Civil Veterinary Dept. Bombay admin report 1923-31 - 1923-1931
Year: 1923
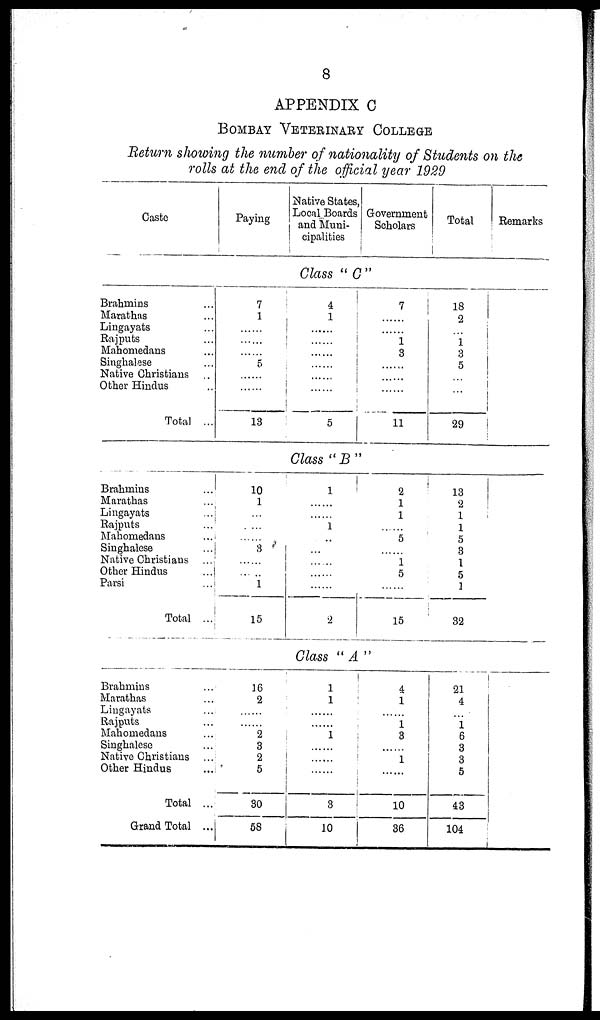
8
APPENDIX C
BOMBAY VETERINARY COLLEGE
Return showing the number of nationality of Students on the
rolls at the end of the official year 1929
Caste
Paying
Native States,
Local Boards
and Muni-
cipalities
Government
Scholars
Total
Remarks
Class "C"
Brahmins ...
Marathas ...
Lingayats ...
Rajputs ...
Mahomedans ...
Singhalese ...
Native Christians ...
Other Hindus ...
Total ...
7
1
......
......
5
......
......
13
4
1
......
......
......
......
......
......
5
7
......
1
3
......
......
......
11
18
2
...
1
3
5
...
29
Class "B"
Brahmins ...
Marathas ...
Lingayats ...
Rajputs ...
Mahomedans ...
Singhalese ...
Native Christians ...
Other Hindus ...
Parsi ...
Total ...
10
1
...
......
8
............
......
......
15
1
......
......
1
..
...
......
......
......
2
2
1
1
......
5
......
1
5
......
15
13
2
1
1
5
3
1
5
1
32
Class "A"
Brahmins ...
Marathas ...
Lingayats ...
Rajputs ...
Mahomedans ...
Singhalese ...
Native Christians ...
Other Hindus ...
Total ...
Grand Total ...
16
2
......
......
2
3
2
5
30
58
1
1
......
......
1
......
......
......
3
10
4
1
......
1
3
......
1
......
10
36
21
4
...
1 6
3
3
5
43
104